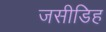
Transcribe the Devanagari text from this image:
जसीडिह